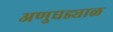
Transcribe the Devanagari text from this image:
अणुघड्याळ